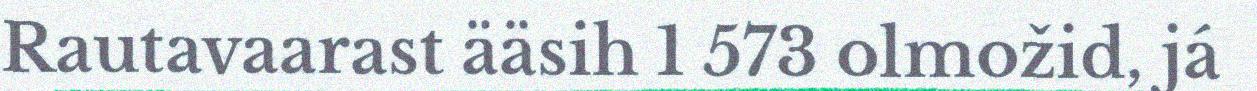
Rautavaarast ääsih 1 573 olmožid, já